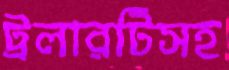
ট্রলারটিসহ